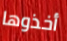
أخذوها